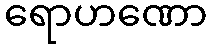
ရောဟဏော